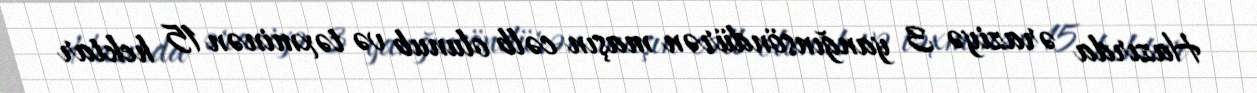
Hazırda əraziyə 3 yanğınsöndürən maşın cəlb olunub və təxminən 15 hektar